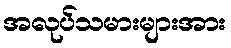
အလုပ်သမားများအား